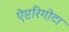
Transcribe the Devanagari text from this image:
ऐप्टरिगोटा